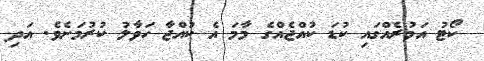
ކޯޓު އަމުރެއްގައި ކުޑަ ކުއްޖެއްގެ މާމަ އެ ކުއްޖާ ހަވާލު ކުރުމަށެވެ. އަދި